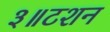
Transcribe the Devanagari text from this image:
३॥टशन